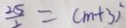
\frac { 2 5 } { 2 } = ( m + 3 ) ^ { 2 }